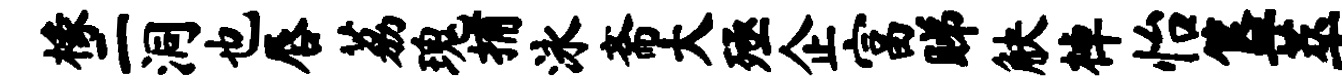
椽二洞也唇荔瑰捕泳斋大殛企富睇觖棹怡簋萃